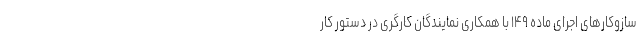
سازوکارهای اجرای ماده ۱۴۹ با همکاری نمایندگان کارگری در دستور کار